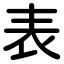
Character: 表